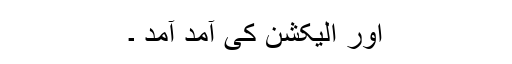
اور الیکشن کی آمد آمد ۔